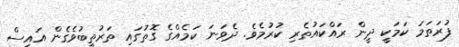
ފުރަތަމަ ކަމަކީ ދީން ރައްކައުތެރި ކުރުމެވެ. ދެވަނަ ކަމެއްގެ ގޮތުގައި ތަރުތީބުވެގެން އައިސް